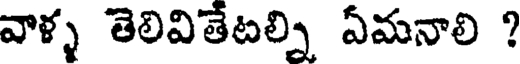
వాళ్ళ తెలివితేటల్ని ఏమనాలి ?